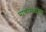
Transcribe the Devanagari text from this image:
प्राणीमत्रांच्या